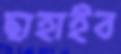
ছাহাইব